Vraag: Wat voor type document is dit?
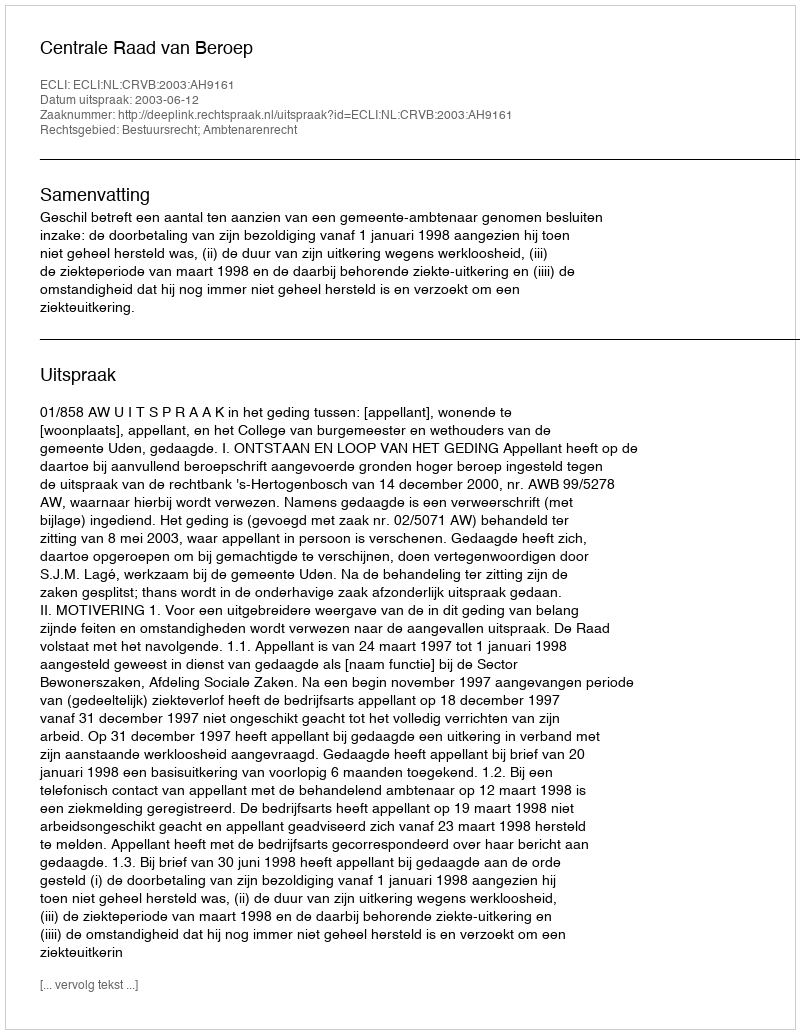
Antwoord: Uitspraak